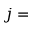
j =